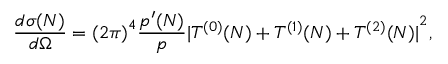
\frac { d { \sigma } ( N ) } { d \Omega } = { ( 2 \pi ) } ^ { 4 } \frac { { p ^ { \prime } } { ( N ) } } { p } { | T ^ { ( 0 ) } ( N ) + T ^ { ( 1 ) } ( N ) + T ^ { ( 2 ) } ( N ) | } ^ { 2 } ,